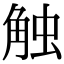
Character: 触